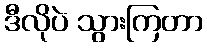
ဒီလိုပဲ သွားကြတာ